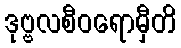
ဒုဗ္ဗလစီဝရောမှီတိ